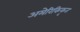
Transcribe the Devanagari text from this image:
अमेरिकिकृत